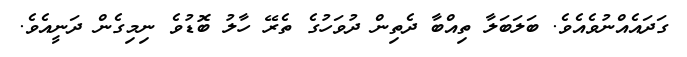
ގަދައެއްނުވެއެވެ. ބަލަބަލާ ތިއްބާ ދެތިން ދުވަހުގެ ތެރޭ ހާލު ބޮޑުވެ ނިމިގެން ދަނީއެވެ.